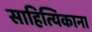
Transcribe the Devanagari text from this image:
साहित्यिकाना